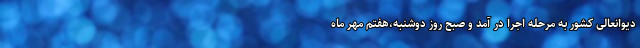
دیوانعالی کشور به مرحله اجرا در آمد و صبح روز دوشنبه،هفتم مهر ماه